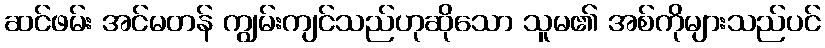
ဆင်ဖမ်း အင်မတန် ကျွမ်းကျင်သည်ဟုဆိုသော သူမ၏ အစ်ကိုများသည်ပင်